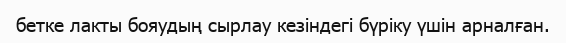
бетке лакты бояудың сырлау кезіндегі бүріку үшін арналған.